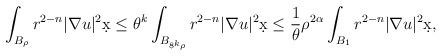
LaTeX: \begin{align*}\int_{B_{\rho}} r^{2-n} |\nabla u|^2 \d x &\leq \theta^k \int_{B_{8^k\rho}} r^{2-n} |\nabla u|^2 \d x \leq \frac{1}{\theta} \rho^{2\alpha} \int_{B_1} r^{2-n} |\nabla u|^2 \d x,\end{align*}